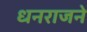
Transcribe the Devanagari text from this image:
धनराजने